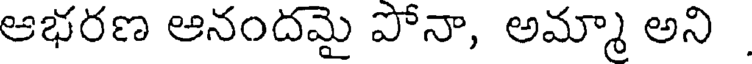
ఆభరణ ఆనందమై పోనా, అమ్మా అని